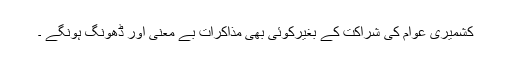
کشمیری عوام کی شراکت کے بغیرکوئی بھی مذاکرات بے معنی اور ڈھونگ ہونگے ۔